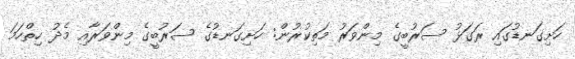
ހަށިގަނޑުގައި ރަގަޅު ސަރުބީގެ މިންވަރު މަތިކުރުން: ހަށިގަނޑުގެ ސަރުބީގެ މިންވަރާއި މެދު ހިތްހަމަ